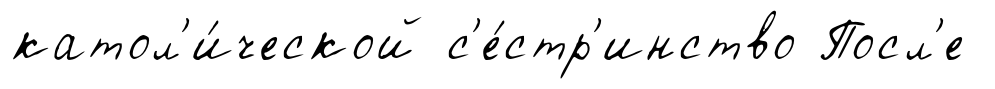
катол'и́ческой с'е́стр'инство Посл'е